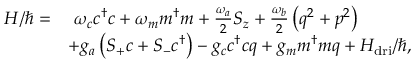
\begin{array} { r l } { H / \hbar = } & { \ \omega _ { c } c ^ { \dagger } c + \omega _ { m } m ^ { \dagger } m + \frac { \omega _ { a } } { 2 } S _ { z } + \frac { \omega _ { b } } { 2 } \left( q ^ { 2 } + p ^ { 2 } \right) } \\ & { + g _ { a } \left( S _ { + } c + S _ { - } c ^ { \dagger } \right) - g _ { c } c ^ { \dagger } c q + g _ { m } m ^ { \dagger } m q + H _ { \mathrm { d r i } } / \hbar , } \end{array}